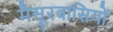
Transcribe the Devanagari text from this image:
मैसूरवासियों